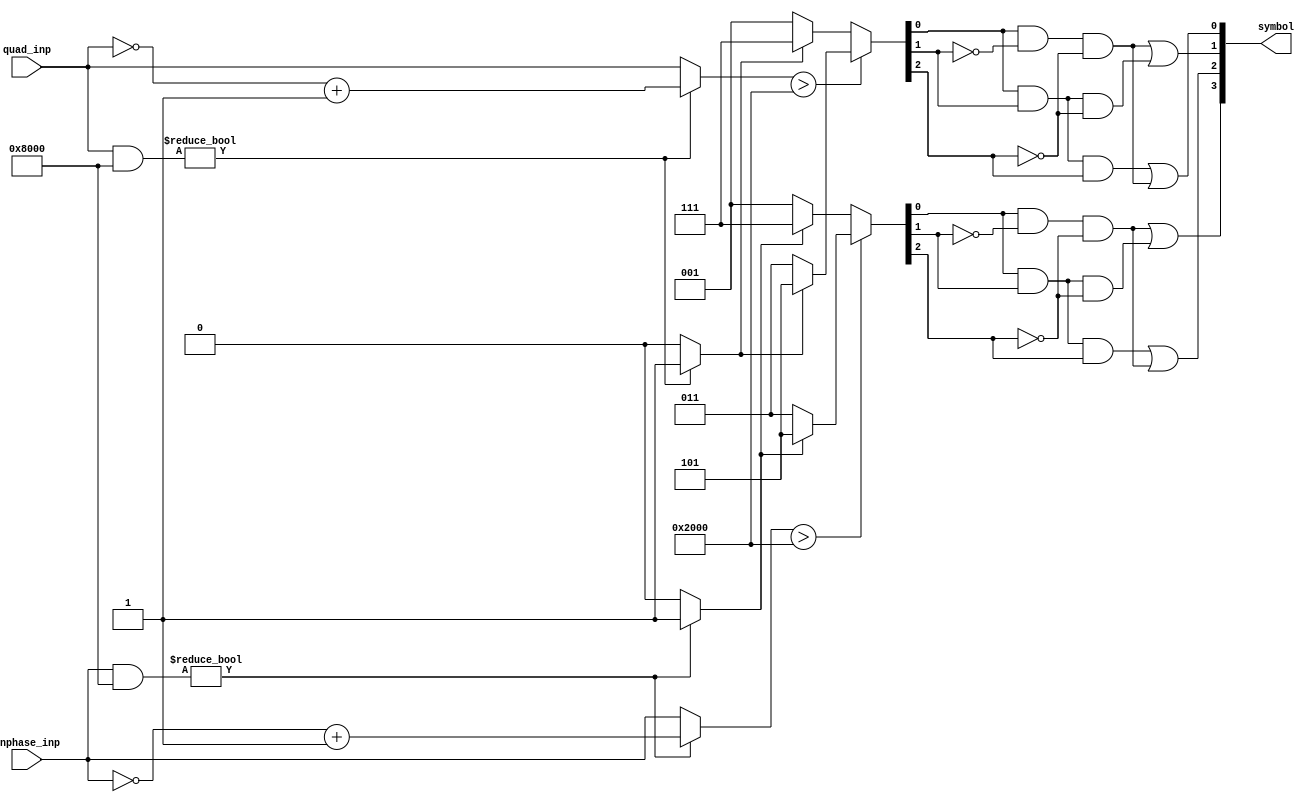
//-----------------------------------------------------
// Overview
//  This is a Gate Level implementation to decode IQ 
//	16QAM data into Symbols.
// Design Name:   HW1_part_D
//
// Inputs: 
//		inphase: the I input signal from the IQ demodulator
//		quad: the Q input signal from the IQ demodulator
// Outputs: 
//		symbol: The decoded output symbol
//
// History:       17 Jan. 2017, T. Brothers, File Created
//				  23 Jan. 2017, Mayank Parasar, Completed the file
//-----------------------------------------------------

module HW1_part_D(inphase_inp, quad_inp, symbol); // defines the module

//-----------------------------------------------------
// PARAMETERS : universal things that you cannot change during the run..
//-----------------------------------------------------

//Modules Parameters
parameter input_bitwidth = 3;
parameter symbol_bitwidth = 4;

//-----------------------------------------------------
// SIGNALS
//-----------------------------------------------------

// Module inputs and outputs
input wire [input_bitwidth-1:0] inphase_inp;
input wire [input_bitwidth-1:0] quad_inp;
output wire [symbol_bitwidth-1:0] symbol;


// User defined signals
// For performing rounding/conversion logic here
// we need new set of wires of hardcoded 3-bits
wire [2:0] inphase;
wire [2:0] quad;

// wire containing mag.
wire [input_bitwidth-1:0] inphase_mag;
wire [input_bitwidth-1:0] quad_mag;

// Wire to decide the sign of inphase_inp and quad_phas_in for rounding
wire inphase_sign; // 0: positive; 1: negative
wire quad_sign; // 0: positive; 1: negative

// These wires contain the output of not gate in verilog...
wire [1:0] quad_bar;
wire [1:0] inphase_bar;
// Intermediate output from AND gates
wire [2:0] quad_and;
wire [2:0] inphase_and;


// Conversion (rounding) logic here...
				
assign inphase_mag = (inphase_inp & 16'b1000_0000_0000_0000) ?  (~inphase_inp + 16'b1) : (inphase_inp);
assign inphase_sign = (inphase_inp & 16'b1000_0000_0000_0000) ? 1 : 0;

assign inphase = (inphase_mag > 16'b0010_0000_0000_0000/*0.5*/) ? ((inphase_sign) ? -3'd3 : 3'd3 ) : /*mag<0.5*/((inphase_sign) ? -3'd1 : 3'd1 );

assign quad_mag = (quad_inp & 16'b1000_0000_0000_0000) ?  (~quad_inp + 16'b1) : (quad_inp);
assign quad_sign = (quad_inp & 16'b1000_0000_0000_0000) ? 1 : 0;

assign quad = (quad_mag > 16'b0010_0000_0000_0000/*0.5*/) ? ((quad_sign) ? -3'd3 : 3'd3 ) : /*mag<0.5*/((quad_sign) ? -3'd1 : 3'd1 );

///////////////////////////////


//-----------------------------------------------------
// Instantiate the Gates
//-----------------------------------------------------
// For Quadrature component
and and_1(quad_and[2],quad[0], quad[1], quad[2]);
not not_1(quad_bar[1], quad[2]);
not not_2(quad_bar[0], quad[1]);
and and_2(quad_and[1],quad[0], quad_bar[0], quad_bar[1]);
and and_3(quad_and[0],quad[0], quad[1], quad_bar[1]);
or or_1(symbol[0], quad_and[2], quad_and[1]);
or or_2(symbol[1], quad_and[1], quad_and[0]);

// For Inphase component
// and and_Q(symbol[1],inphase[0], inphase[1]);	
and and_4(inphase_and[2],inphase[0], inphase[1], inphase[2]);
not not_3(inphase_bar[1], inphase[2]);
not not_4(inphase_bar[0], inphase[1]);
and and_5(inphase_and[1],inphase[0], inphase_bar[0], inphase_bar[1]);
and and_6(inphase_and[0],inphase[0], inphase[1], inphase_bar[1]);
or or_3(symbol[2], inphase_and[2], inphase_and[1]);
or or_4(symbol[3], inphase_and[1], inphase_and[0]);

endmodule